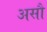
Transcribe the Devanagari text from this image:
असौ